Report of an investigation of the epidemic of malarial fever in Assam, or, kala-azar
Disease focus: Malaria
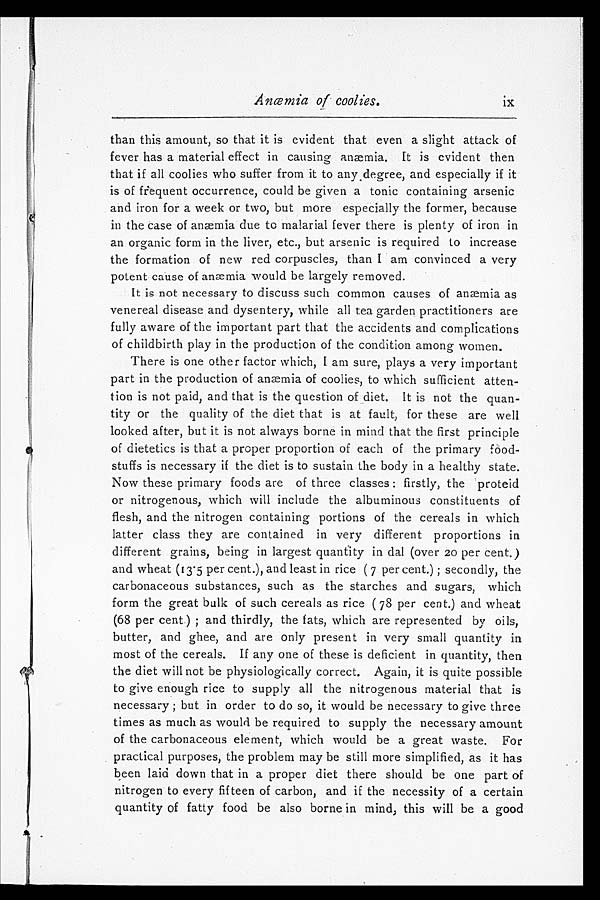
Anæmia of coolies.
ix
than this amount, so that it is evident that even a slight attack of
fever has a material effect in causing anæmia. It is evident then
that if all coolies who suffer from it to any degree, and especially if it
is of frequent occurrence, could be given a tonic containing arsenic
and iron for a week or two, but more especially the former, because
in the case of anæmia due to malarial fever there is plenty of iron in
an organic form in the liver, etc., but arsenic is required to increase
the formation of new red corpuscles, than I am convinced a very
potent cause of anæmia would be largely removed.
It is not necessary to discuss such common causes of anæmia as
venereal disease and dysentery, while all tea garden practitioners are
fully aware of the important part that the accidents and complications
of childbirth play in the production of the condition among women.
There is one other factor which, I am sure, plays a very important
part in the production of anæmia of coolies, to which sufficient atten
-tion is not paid, and that is the question of diet. It is not the quan
-tity or the quality of the diet that is at fault, for these are well
looked after, but it is not always borne in mind that the first principle
of dietetics is that a proper proportion of each of the primary food
-stuffs is necessary if the diet is to sustain the body in a healthy state.
Now these primary foods are of three classes: firstly, the proteid
or nitrogenous, which will include the albuminous constituents of
flesh, and the nitrogen containing portions of the cereals in which
latter class they are contained in very different proportions in
different grains, being in largest quantity in dal (over 20 per cent.)
and wheat (13.5 per cent.), and least in rice (7 per cent.); secondly, the
carbonaceous substances, such as the starches and sugars, which
form the great bulk of such cereals as rice (78 per cent.) and wheat
(68 per cent.); and thirdly, the fats, which are represented by oils,
butter, and ghee, and are only present in very small quantity in
most of the cereals. If any one of these is deficient in quantity, then
the diet will not be physiologically correct. Again, it is quite possible
to give enough rice to supply all the nitrogenous material that is
necessary; but in order to do so, it would be necessary to give three
times as much as would be required to supply the necessary amount
of the carbonaceous element, which would be a great waste. For
practical purposes, the problem may be still more simplified, as it has
been laid down that in a proper diet there should be one part of
nitrogen to every fifteen of carbon, and if the necessity of a certain
quantity of fatty food be also borne in mind, this will be a good